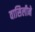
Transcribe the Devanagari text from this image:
वासिलीने